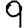
Digit: 9